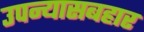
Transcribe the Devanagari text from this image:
उपन्यासबहार